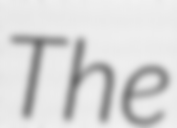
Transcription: The